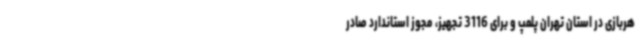
هربازی در استان تهران پلمپ و برای 3116 تجهیز، مجوز استاندارد صادر